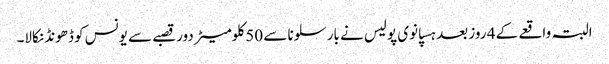
البتہ واقعے کے 4 روز بعد ہسپانوی پولیس نے بارسلونا سے 50 کلومیٹر دور قصبے سے یونس کو ڈھونڈ نکالا۔